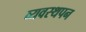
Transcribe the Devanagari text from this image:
व्यवस्थपन